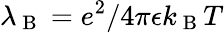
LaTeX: \lambda_{\mathrm{~B~}}=e^{2}/4\pi\epsilon k_{\mathrm{~B~}}T